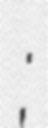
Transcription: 孙渡;